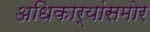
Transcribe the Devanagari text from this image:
अधिकार्‍यांसमोर